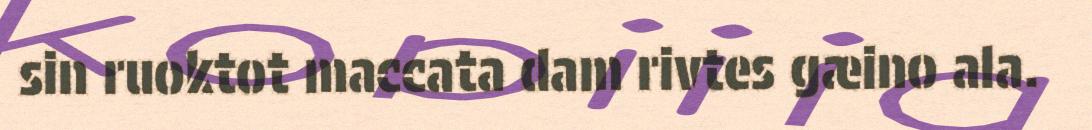
sin ruoktot maccata dam rivtes gæino ala.